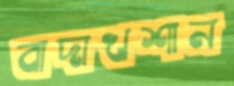
বাদাখশান